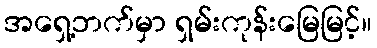
အရှေ့ဘက်မှာ ရှမ်းကုန်းမြေမြင့်။